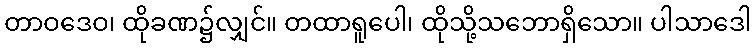
တာဝဒေဝ၊ ထိုခဏ၌လျှင်။ တထာရူပေါ၊ ထိုသို့သဘောရှိသော။ ပါသာဒေါ